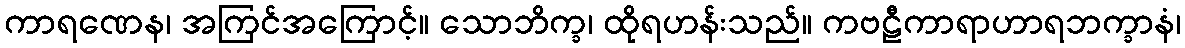
ကာရဏေန၊ အကြင်အကြောင့်။ သောဘိက္ခ၊ ထိုရဟန်းသည်။ ကဗဠီကာရာဟာရဘက္ခာနံ၊